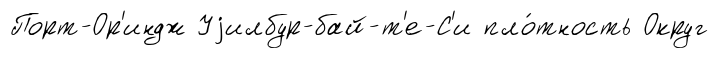
Порт-Ор'индж Уjилбур-бай-т'е-С'и пло́тность Округ